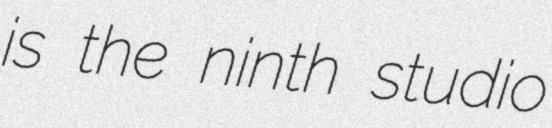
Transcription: is the ninth studio